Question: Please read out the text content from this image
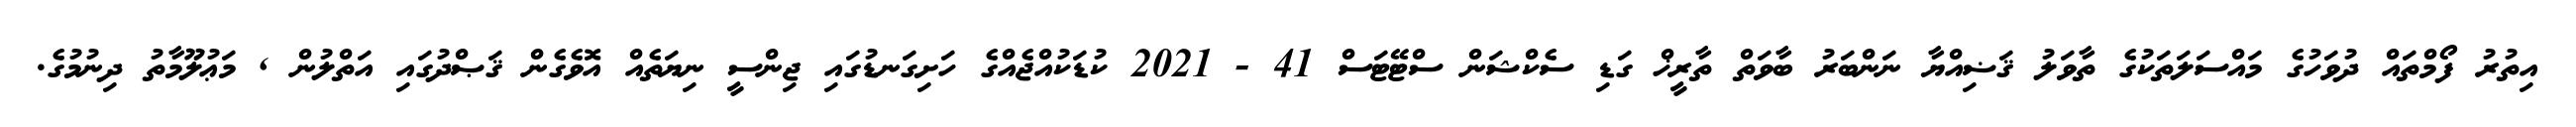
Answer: އިތުރު ފޯމްތައް ދުވަހުގެ މައްސަލަތަކުގެ ތާވަލު ޤަޟިއްޔާ ނަންބަރު ބާވަތް ތާރީޚް ގަޑި ސެކްޝަން ސްޓޭޓަސް 41 - 2021 ކުޑަކުއްޖެއްގެ ހަށިގަނޑުގައި ޖިންސީ ނިޔަތެއް އޮވެގެން ޤަޞްދުގައި އަތްލުން , މަޢުލޫމާތު ދިނުމުގެ.